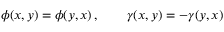
\phi ( x , y ) = \phi ( y , x ) \, , \qquad \gamma ( x , y ) = - \gamma ( y , x ) \,